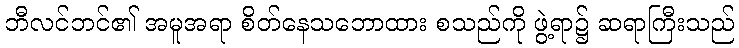
ဘီလင်ဘင်၏ အမူအရာ စိတ်နေသဘောထား စသည်ကို ဖွဲ့ရာ၌ ဆရာကြီးသည်